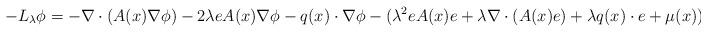
LaTeX: \begin{align*}-L_{\lambda}\phi=- \nabla \cdot(A(x) \nabla\phi) - 2\lambda eA(x)\nabla\phi -q(x)\cdot\nabla\phi-(\lambda^2 eA(x)e +\lambda\nabla\cdot(A(x)e)+\lambda q(x)\cdot e+\mu(x))\phi,\end{align*}